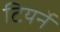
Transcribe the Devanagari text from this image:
टियर्ने